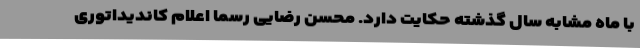
با ماه مشابه سال گذشته حکایت دارد. محسن رضایی رسما اعلام کاندیداتوری